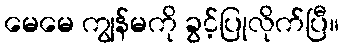
မေမေ ကျွန်မကို ခွင့်ပြုလိုက်ပြီ။